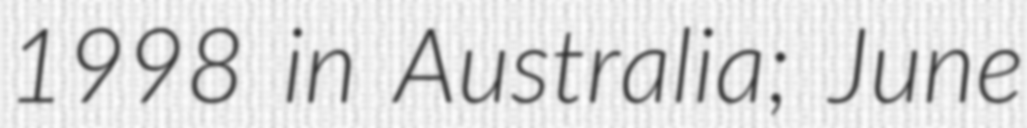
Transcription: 1998 in Australia; June